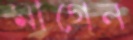
মাগেন